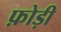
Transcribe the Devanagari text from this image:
फ़ोड़ी